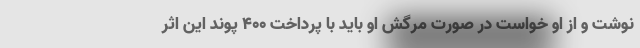
نوشت و از او خواست در صورت مرگش او باید با پرداخت ۴۰۰ پوند این اثر